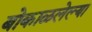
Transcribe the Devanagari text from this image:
बोकाळलेल्या